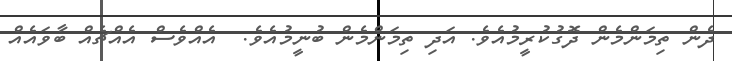
ދެން ތިމަންމެން ދޮގުކުރީމުއެވެ. އަދި ތިމަންމެން ބުނީމުއެވެ.  އެއްވެސް އެއްޗެއް ބާވައެއް